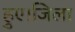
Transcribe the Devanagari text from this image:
हुए।जिला